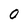
Character: 0